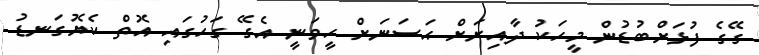
ގޭގެ ފުޅަށްބުޑުން މީހަކު ދާއިރަށް ޙަސަނަށް ހީވަނީ އެގޭ ގަހުގައި އޮތް ކެޔޮގަނޑު